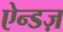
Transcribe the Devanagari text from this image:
ऐन्डज़